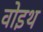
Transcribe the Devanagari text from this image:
वोइथ